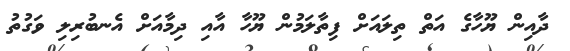
ދާއިން ޔޫހާގެ އަތް ތިލައަށް ފިތާލަމުން ޔޫހާ އާއި ދިމާއަށް އެނބުރިލި ވަގުތު